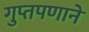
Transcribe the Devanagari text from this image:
गुप्तपणाने